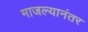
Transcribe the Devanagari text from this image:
माजल्यानंतर